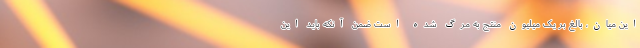
این میان، بالغ بر یک میلیون منتج به مرگ شده است ضمن آنکه باید این